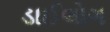
ડાઈલોગ